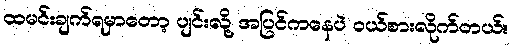
ထမင်းချက်ရမှာတော့ ပျင်းလို့ အပြင်ကနေပဲ ဝယ်စားလိုက်တယ်။